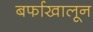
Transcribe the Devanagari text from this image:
बर्फाखालून